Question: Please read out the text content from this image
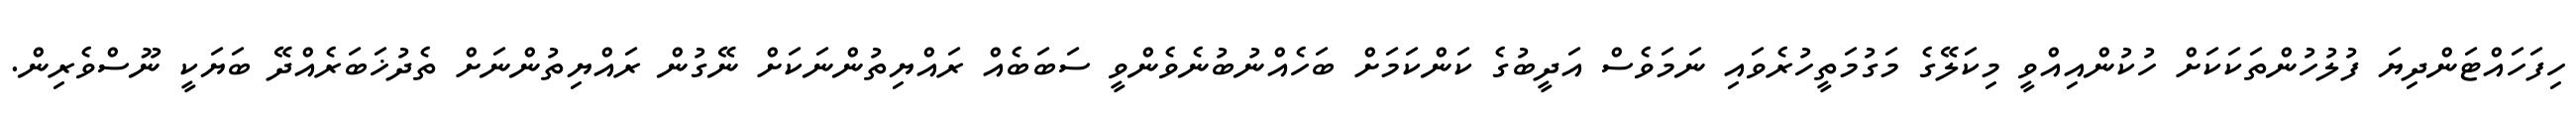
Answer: ހިފަހައްޓަންދިޔަ ފުލުހުންތަކަކަށް ހުކުންއިއްވީ މިކަލޭގެ މަގުމަތީހުރެވައި ނަމަވެސް އަދީބުގެ ކަންކަމަށް ބަހެއްނުބުނެވެންވީ ސަބަބެއް ރައްޔިތުންނަކަށް ނޭގުން ރައްޔިތުންނަށް ތެދުޚަބަރެއްދޭ ބަޔަކީ ނޫސްވެރިން.